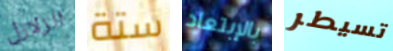
الزلازل ستة بالإبتعاد تسيطر